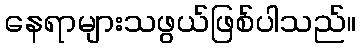
နေရာများသဖွယ်ဖြစ်ပါသည်။